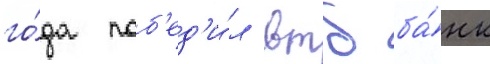
го́да поб'ед'и́л втб ба́нк